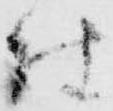
仕